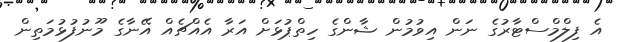
އެ ފިލްމްސްޓާރުގެ ނަން އިވުމުން ޝާންގެ ހިތްޕުޅަށް އަރާ އެއްޗެއް އޭނާގެ މޫނުފުޅުމަތިން